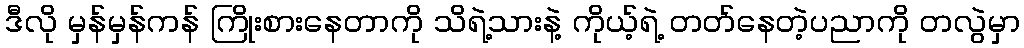
ဒီလို မှန်မှန်ကန် ကြိုးစားနေတာကို သိရဲ့သားနဲ့ ကိုယ့်ရဲ့ တတ်နေတဲ့ပညာကို တလွဲမှာ